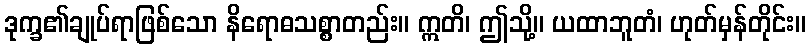
ဒုက္ခ၏ချုပ်ရာဖြစ်သော နိရောဓသစ္စာတည်း။ ဣတိ၊ ဤသို့။ ယထာဘူတံ၊ ဟုတ်မှန်တိုင်း။